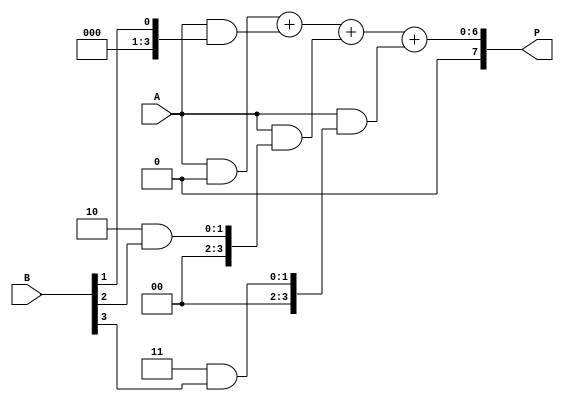
module array_multiplier #(parameter A_WIDTH = 4, B_WIDTH = 4)(
    input  [A_WIDTH-1:0] A, // First operand
    input  [B_WIDTH-1:0] B, // Second operand
    output reg [A_WIDTH + B_WIDTH - 1:0] P // Product output
);

    // Intermediate partial products
    wire [A_WIDTH - 1:0] pp[B_WIDTH - 1:0];

    // Generate partial products using AND gates
    genvar i, j;
    generate
        for (i = 0; i < B_WIDTH; i = i + 1) begin: partial_products
            assign pp[i] = A & { {A_WIDTH{i}} & B[i] }; // Shift left by i is handled in further addition
        end
    endgenerate

    // Sum partial products using a simple hierarchical adder
    wire [A_WIDTH + B_WIDTH - 1:0] partial_sum[B_WIDTH - 1:0];

    assign partial_sum[0] = { {B_WIDTH{1'b0}}, pp[0] }; // first partial product with 0 shift

    // Create an adder tree for summation of all partial products
    generate
        for (i = 1; i < B_WIDTH; i = i + 1) begin: adder_tree
            // Assuming a simple carry-save addition or binary addition can be used here
            assign partial_sum[i] = partial_sum[i-1] + { {i{1'b0}}, pp[i] }; // Shift pp[i] left by i positions
        end
    endgenerate

    // Final output is the last sum
    always @(*) begin
        P = partial_sum[B_WIDTH - 1];
    end

endmodule